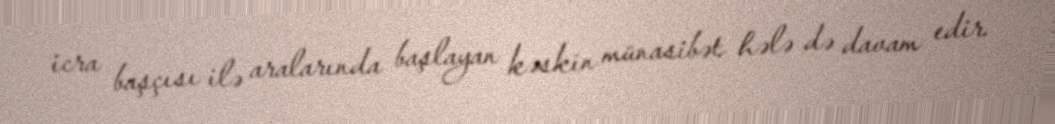
icra başçısı ilə aralarında başlayan kəskin münasibət hələ də davam edir.